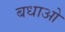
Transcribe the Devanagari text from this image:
बधाओ